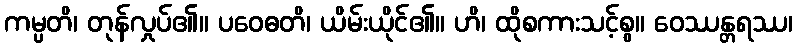
ကမ္ပတိ၊ တုန်လှုပ်၏။ ပဝေဓတိ၊ ယိမ်းယိုင်၏။ ဟိ၊ ထိုစကားသင့်စွ။ ဝေဿန္တရဿ၊